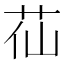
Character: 苮